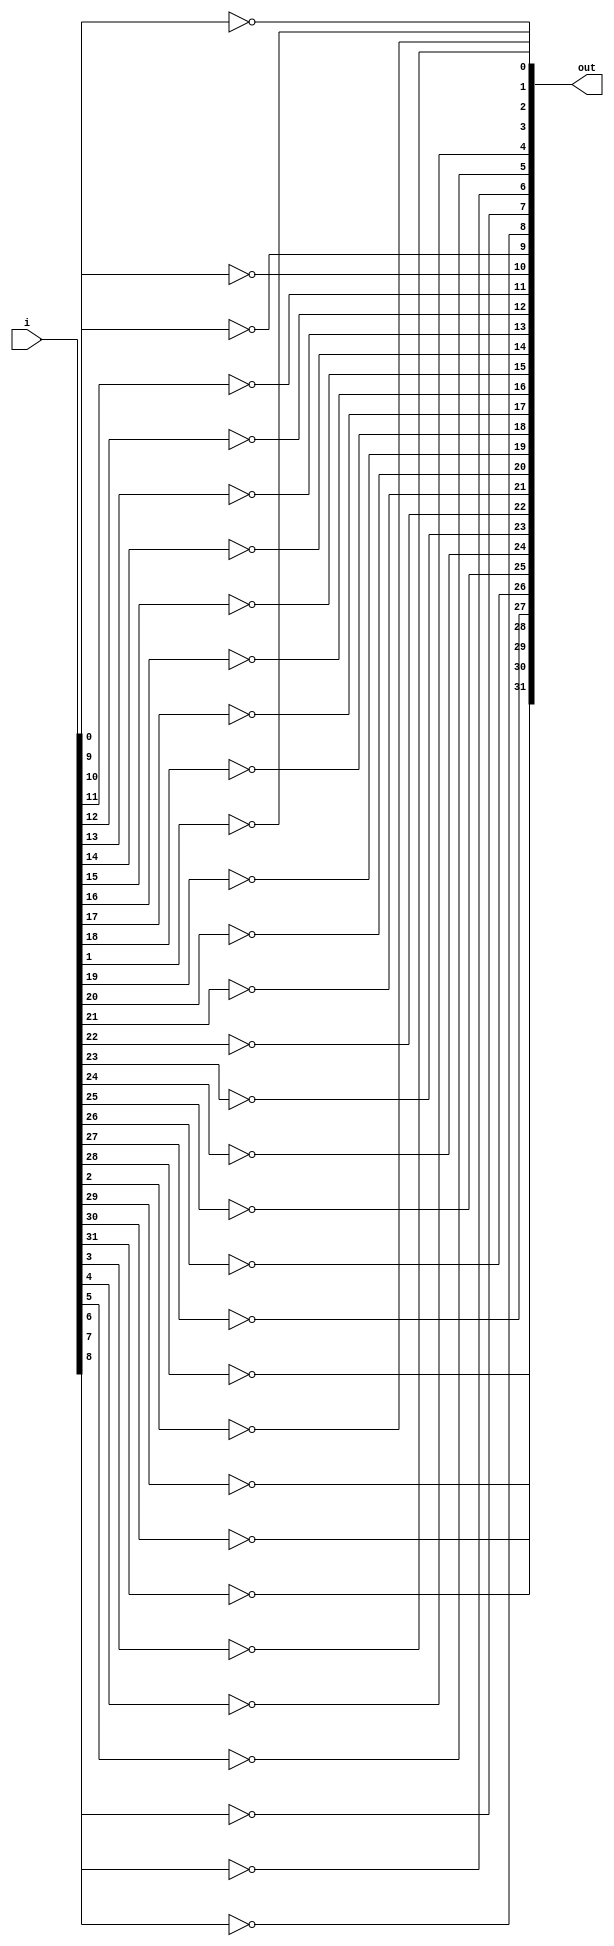
module not_32b(i, out);	
	input [31:0] i;
	output [31:0] out;
	
	not g1(out[0], i[0]);
	not g2(out[1], i[1]);
	not g3(out[2], i[2]);
	not g4(out[3], i[3]);
	not g5(out[4], i[4]);
	not g6(out[5], i[5]);
	not g7(out[6], i[6]);
	not g8(out[7], i[7]);
	not g9(out[8], i[8]);
	not g10(out[9], i[9]);
	not g11(out[10], i[10]);
	not g12(out[11], i[11]);
	not g13(out[12], i[12]);
	not g14(out[13], i[13]);
	not g15(out[14], i[14]);
	not g16(out[15], i[15]);
	not g17(out[16], i[16]);
	not g18(out[17], i[17]);
	not g19(out[18], i[18]);
	not g20(out[19], i[19]);
	not g21(out[20], i[20]);
	not g22(out[21], i[21]);
	not g23(out[22], i[22]);
	not g24(out[23], i[23]);
	not g25(out[24], i[24]);
	not g26(out[25], i[25]);
	not g27(out[26], i[26]);
	not g28(out[27], i[27]);
	not g29(out[28], i[28]);
	not g30(out[29], i[29]);
	not g31(out[30], i[30]);
	not g32(out[31], i[31]);

endmodule